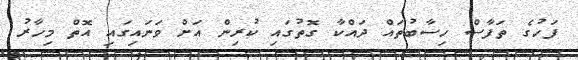
ފަހުގެ ތަފާސް ހިސާބުތައް ދައްކާ ގޮތުގައި ކުރިން އަށް ވަނައިގައި އޮތް މިހާރު